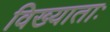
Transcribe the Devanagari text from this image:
विख्याताः